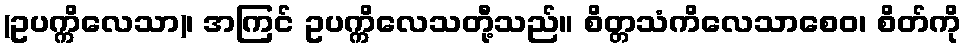
(ဥပက္ကိလေသာ)၊ အကြင် ဥပက္ကိလေသတီု့သည်။ စိတ္တသံကိလေသာစေဝ၊ စိတ်ကို